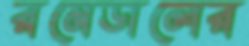
রমেডালের